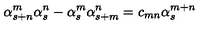
\alpha _ { s + n } ^ { m } \alpha _ { s } ^ { n } - \alpha _ { s } ^ { m } \alpha _ { s + m } ^ { n } = c _ { m n } \alpha _ { s } ^ { m + n }